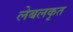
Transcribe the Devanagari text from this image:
लेबलकृत